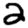
Digit: 2